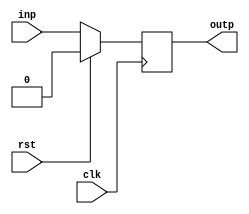
/*  FIFOs with a variety of interfaces.
 *
 *  Copyright (c) 2016, Stephen Longfield, stephenlongfield.com
 *
 *  This program is free software: you can redistribute it and/or modify
 *  it under the terms of the GNU General Public License as published by
 *  the Free Software Foundation, either version 3 of the License, or
 *  (at your option) any later version.
 *
 *  This program is distributed in the hope that it will be useful,
 *  but WITHOUT ANY WARRANTY; without even the implied warranty of
 *  MERCHANTABILITY or FITNESS FOR A PARTICULAR PURPOSE.  See the
 *  GNU General Public License for more details.
 *
 *  You should have received a copy of the GNU General Public License
 *  along with this program.  If not, see <http://www.gnu.org/licenses/>.
 *
 */

`timescale 1ns/1ps

// D flip-flop with synchronous reset
module dff(clk, rst, inp, outp);
  parameter WIDTH = 1;

  input wire clk;
  input wire rst;

  input wire [WIDTH-1:0] inp;
  output reg [WIDTH-1:0] outp;

  always @(posedge clk) begin
    outp <= rst ? 0 : inp;
  end

endmodule